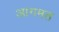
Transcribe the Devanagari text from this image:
आगमत